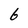
Character: 6